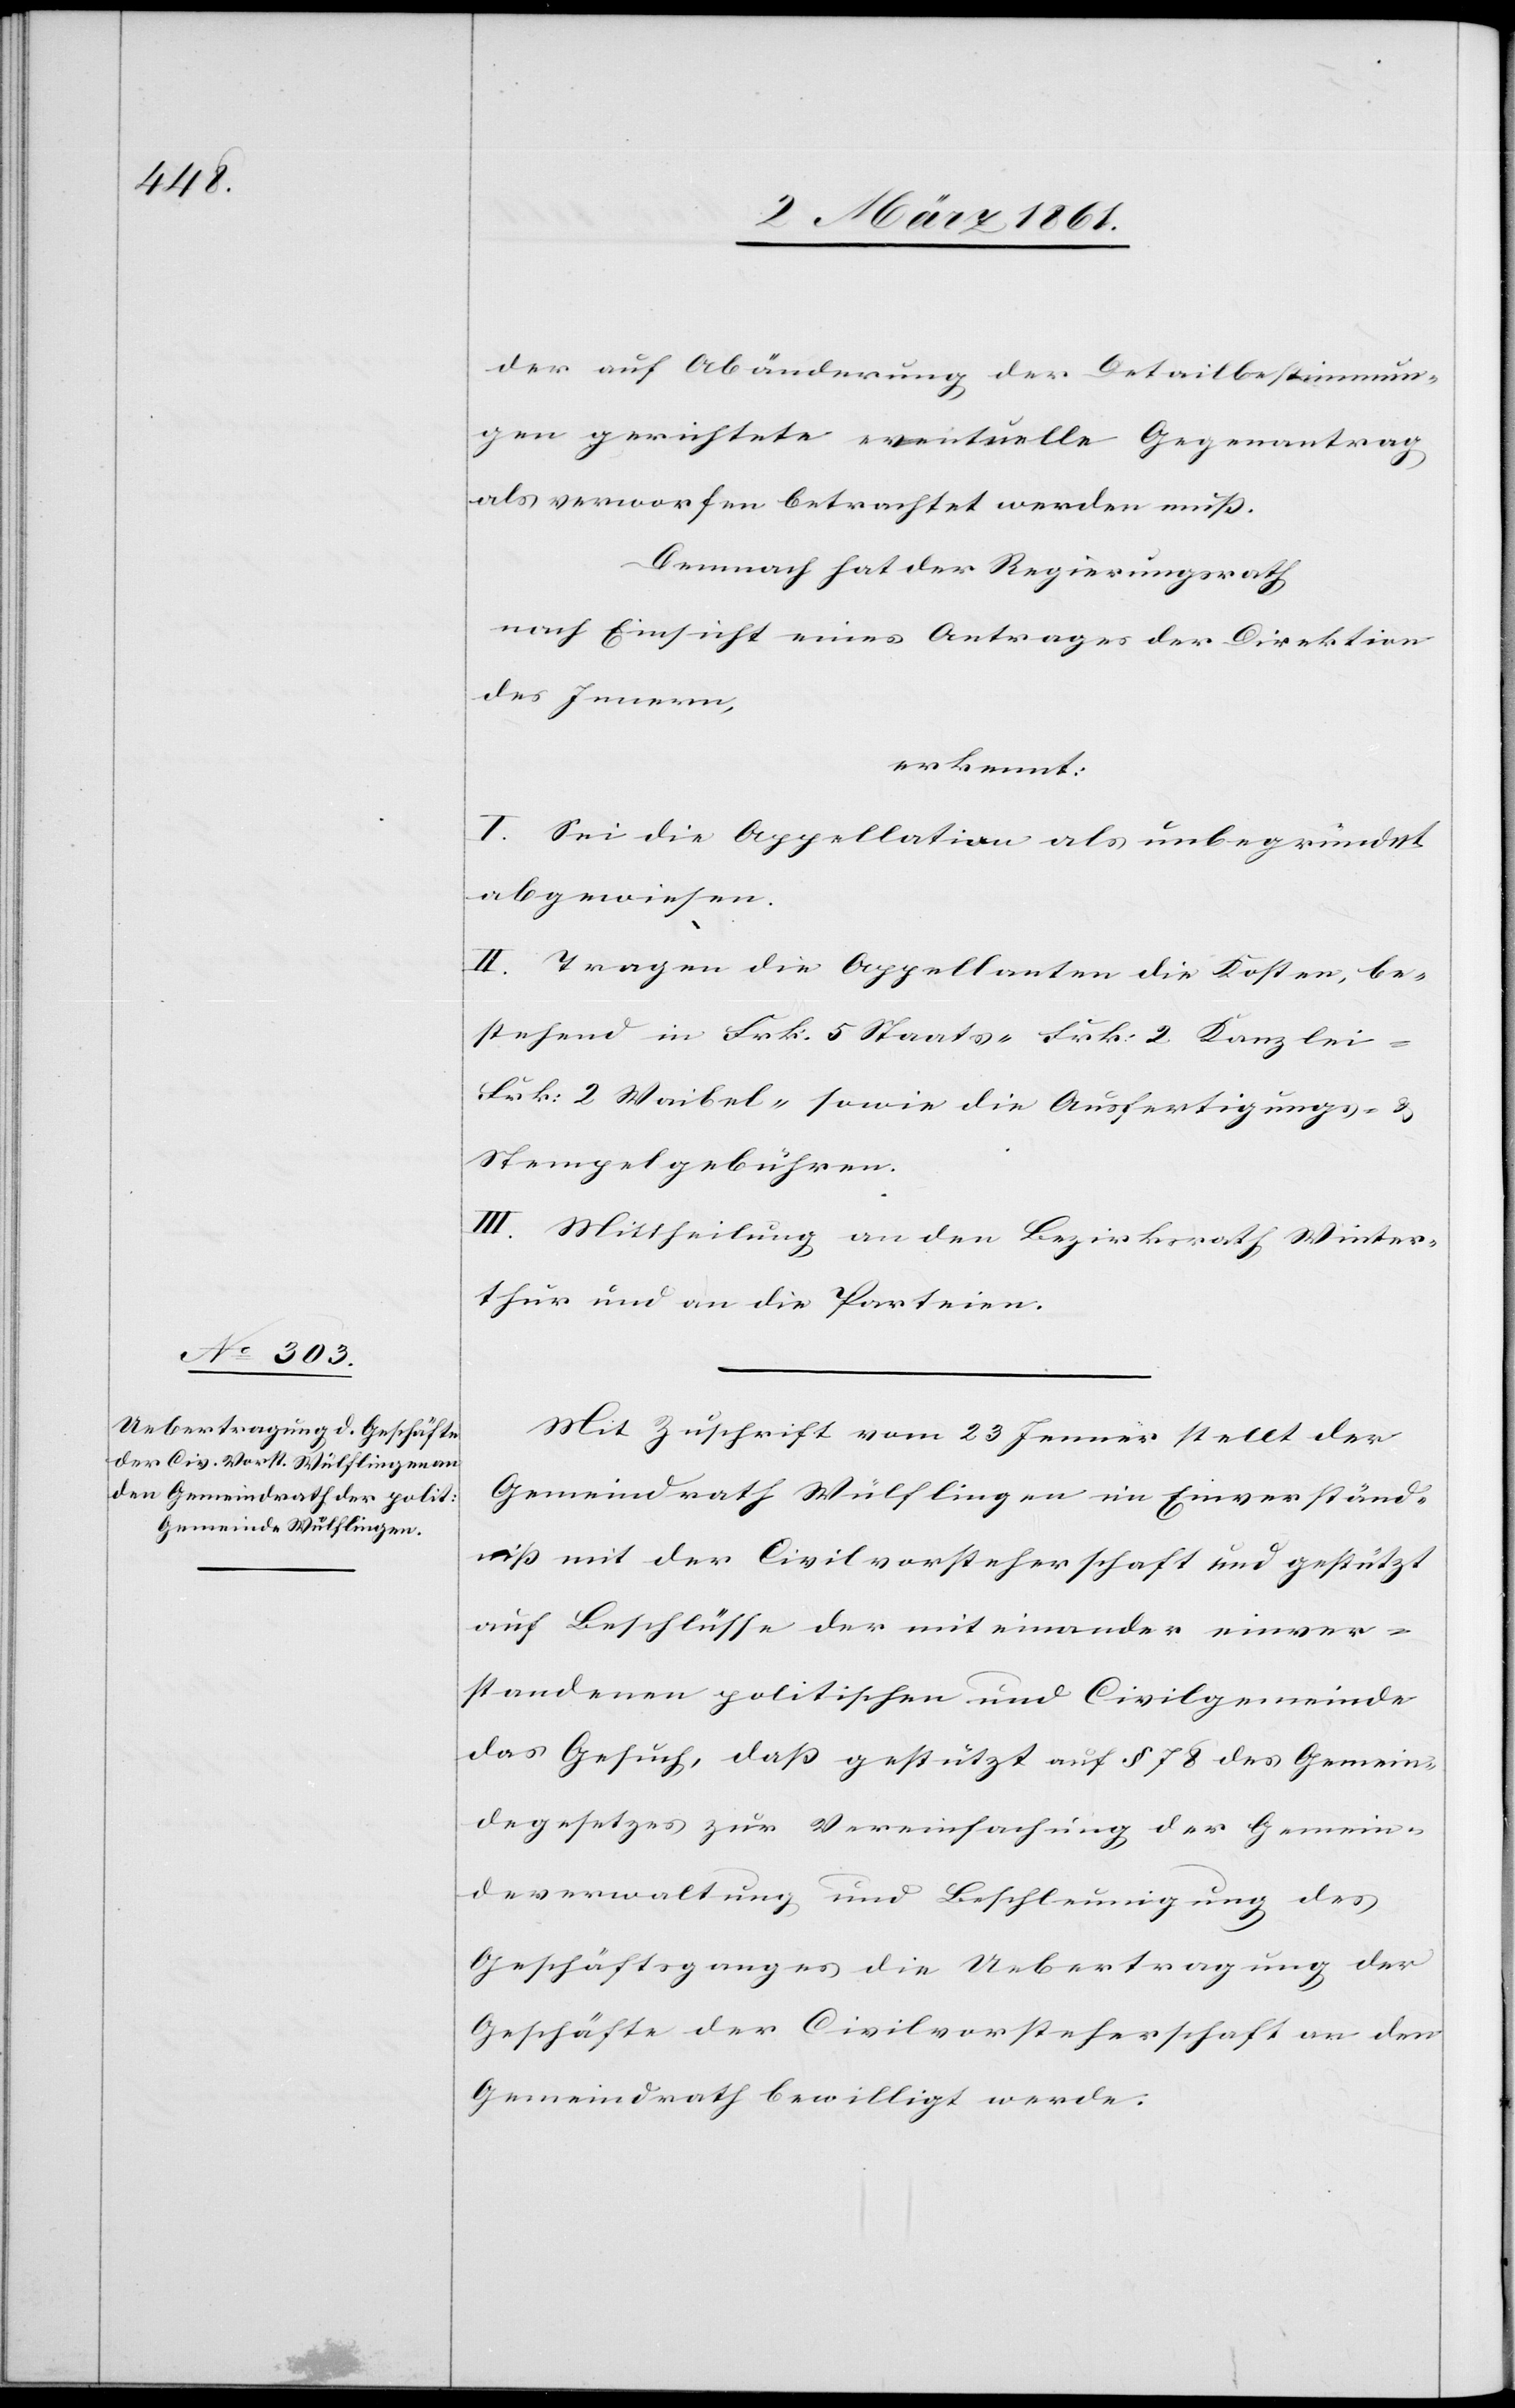
der auf Abänderung der Detailbestimmun¬
gen gerichtete eventuelle Gegenantrag
als verworfen betrachtet werden muss.
Demnach hat der Regierungsrath
nach Einsicht eines Antrages der Direktion
des Innern,
I. Sei die Appellation als unbegründet
abgewiesen.
II. Tragen die Appellanten die Kosten, be¬
stehend in Frk. 5 Staats-[,] Frk. 2 Kanzlei-[,]
Frk. 2 Waibel- sowie die Ausfertigungs- u.
Stempelgebühren.
III. Mittheilung an den Bezirksrath Winter¬
thur und an die Parteien.
Mit Zuschrift vom 23. Jenner stellt der
Gemeindrath Wülflingen im Einverständ¬
niss mit der Civilvorsteherschaft und gestützt
auf Beschlüsse der mit einander einver¬
standenen politischen und Civilgemeinde
das Gesuch, dass gestützt auf § 78 des Gemein¬
degesetzes zur Vereinfachung der Gemein¬
deverwaltung und Beschleunigung des
Geschäftsganges in Uebertragung der
Geschäfte der Civilvorsteherschaft an den
Gemeindrath bewilligt werde.